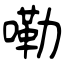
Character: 嘞